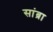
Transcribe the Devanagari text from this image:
सांब्रा